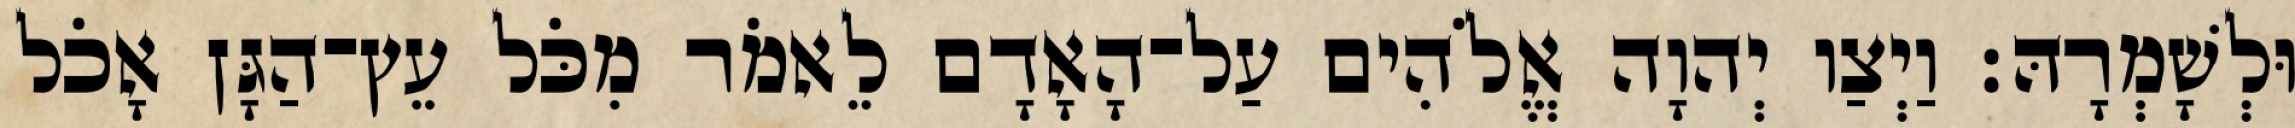
וּלְשָׁמְרָהּ׃ וַיְצַו יְהוָה אֱלֹהִים עַל־הָאָדָם לֵאמֹר מִכֹּל עֵץ־הַגָּן אָכֹל